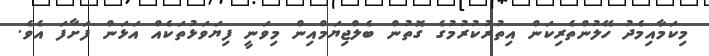
މިކަމާއިމެދު ހޭލުންތެރިކަން އިތުރުކުރުމުގެ ގޮތުން ބެލްޖިޔަމްއިން މިވަނީ ފިޔަވަޅުތަކެއް އަޅަން ފަށާފަ އެވެ.